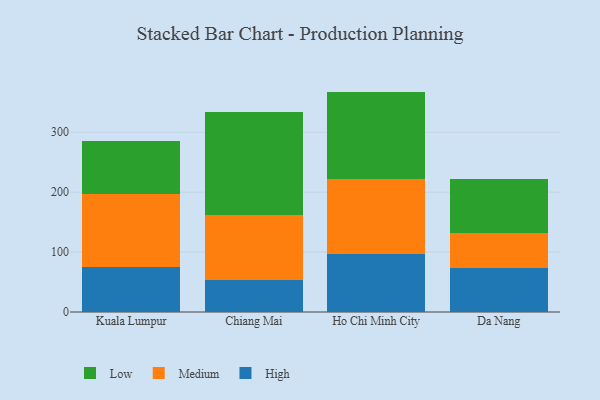
{"axis": {"x": "City", "y": "Churn Rate (%)"}, "legend": ["High", "Low", "Medium"], "data": [{"x": "Kuala Lumpur", "y": 75.4, "type": "High"}, {"x": "Kuala Lumpur", "y": 122.0, "type": "Medium"}, {"x": "Kuala Lumpur", "y": 88.1, "type": "Low"}, {"x": "Chiang Mai", "y": 52.7, "type": "High"}, {"x": "Chiang Mai", "y": 109.3, "type": "Medium"}, {"x": "Chiang Mai", "y": 171.4, "type": "Low"}, {"x": "Ho Chi Minh City", "y": 96.1, "type": "High"}, {"x": "Ho Chi Minh City", "y": 126.3, "type": "Medium"}, {"x": "Ho Chi Minh City", "y": 145.5, "type": "Low"}, {"x": "Da Nang", "y": 73.1, "type": "High"}, {"x": "Da Nang", "y": 58.1, "type": "Medium"}, {"x": "Da Nang", "y": 91.1, "type": "Low"}]}